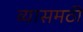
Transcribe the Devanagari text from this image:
व्यासमठी